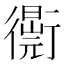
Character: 𧘁